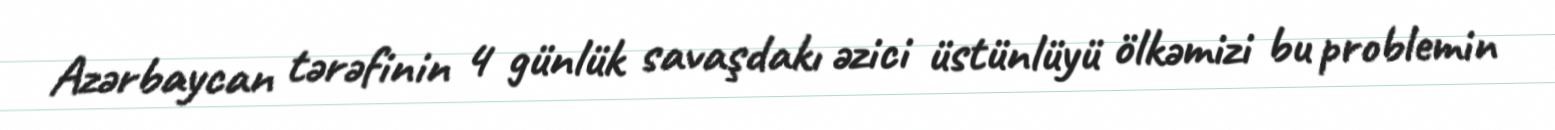
Azərbaycan tərəfinin 4 günlük savaşdakı əzici üstünlüyü ölkəmizi bu problemin